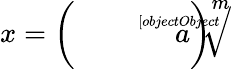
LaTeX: x=\left({\sqrt[[objectObject]]{a}}\right)^{m}